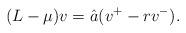
LaTeX: \begin{align*} (L-\mu)v=\hat{a}(v^+-rv^-).\end{align*}